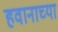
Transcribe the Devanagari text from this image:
हवानाच्या